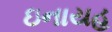
ઇનાયહ